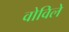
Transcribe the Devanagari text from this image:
वोविले